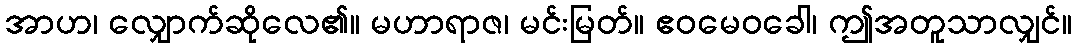
အာဟ၊ လျှောက်ဆိုလေ၏။ မဟာရာဇ၊ မင်းမြတ်။ ဧဝမေဝခေါ၊ ဤအတူသာလျှင်။